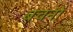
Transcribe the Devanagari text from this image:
बचनों